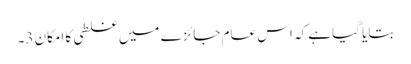
بتایا گیا ہے کہ اس عام جائزے میں غلطی کا امکان 3۔